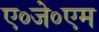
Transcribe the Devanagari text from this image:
ए०जे०एम